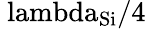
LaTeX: \mathrm{\ lambda_{Si}/4}